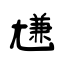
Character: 尲